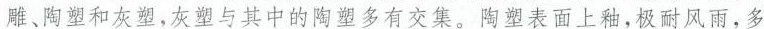
雕、陶塑和灰塑，灰塑与其中的陶塑多有交集。陶塑表面上釉，极耐风雨，多